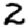
Digit: 2